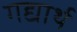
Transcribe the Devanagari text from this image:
गद्यार्थ